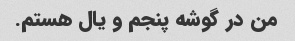
من در گوشه پنجم و یال هستم.